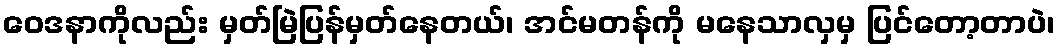
ဝေဒနာကိုလည်း မှတ်မြဲပြန်မှတ်နေတယ်၊ အင်မတန်ကို မနေသာလှမှ ပြင်တော့တာပဲ၊